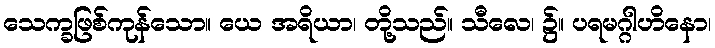
သေက္ခဖြစ်ကုန်သော။ ယေ အရိယာ၊ တို့သည်။ သီလေ၊ ၌။ ပရမဂ္ဂါဟိနော၊